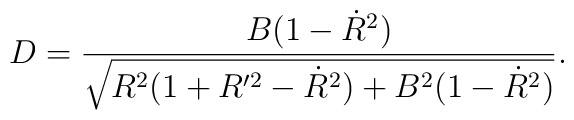
D = \frac{B (1 - \dot{R}^2)}  {\sqrt{R^2 (1 + R'^2 - \dot{R}^2) + B^2			     (1 -  \dot{R}^2)}}.